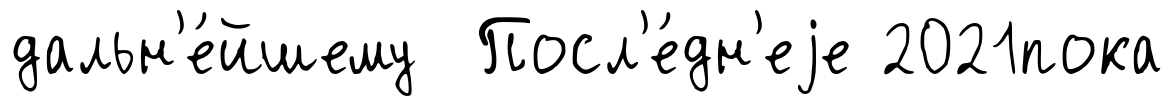
дальн'е́йшему Посл'е́дн'еjе 2021пока